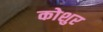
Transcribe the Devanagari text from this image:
कोशुर